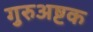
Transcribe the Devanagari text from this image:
गुरुअष्टक